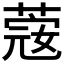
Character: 𦸅